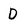
Character: D